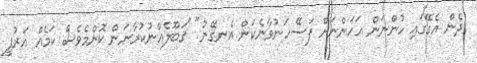
ދެން އެގޭގައި ހުންނަން އަހަންނަށް ފަސޭހަނުވާނެކަން އެނގޭނު" "ޤަބޫލެއްނުކުރާނަން ކޮންމެވެސް ކަމެއް އަރުފީ